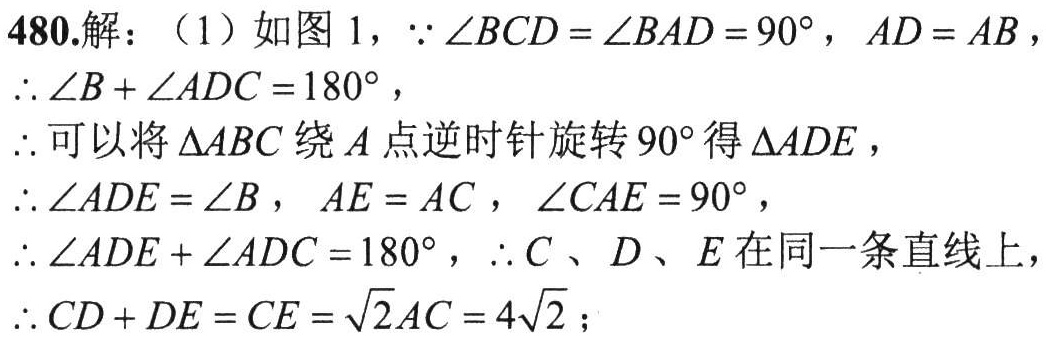
480.解：（1）如图 1，\(\because\angle BCD = \angle BAD = 90^{\circ}\)，\(AD = AB\)，
\(\therefore\angle B+\angle ADC = 180^{\circ}\)，
\(\therefore\)可以将\(\triangle ABC\)绕\(A\)点逆时针旋转\(90^{\circ}\)得\(\triangle ADE\)，
\(\therefore\angle ADE = \angle B\)，\(AE = AC\)，\(\angle CAE = 90^{\circ}\)，
\(\therefore\angle ADE+\angle ADC = 180^{\circ}\)，\(\therefore C\)、\(D\)、\(E\)在同一条直线上，
\(\therefore CD + DE = CE=\sqrt{2}AC = 4\sqrt{2}\)；